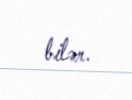
bilər.